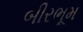
બીરભૂમ